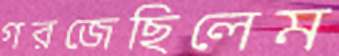
গরজেছিলেম